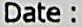
DATE :